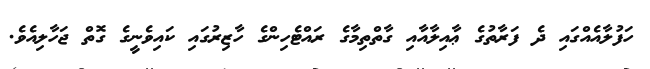
ހަފުލާއެއްގައި ދެ ފަރާތުގެ ޢާއިލާއާއި ގާތްތިމާގެ ރައްޓެހިންގެ ހާޒިރުގައި ކައިވެނީގެ ގޮތް ޖަހާލިއެވެ.